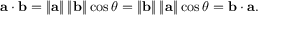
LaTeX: \mathbf { a } \cdot \mathbf { b } = \left\| \mathbf { a } \right\| \left\| \mathbf { b } \right\| \cos \theta = \left\| \mathbf { b } \right\| \left\| \mathbf { a } \right\| \cos \theta = \mathbf { b } \cdot \mathbf { a } .